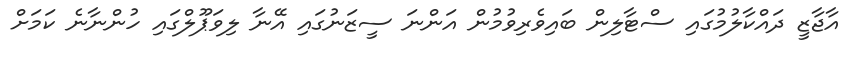
އާޖާޒީ ދައްކާލުމުގައި ސްޓާލިން ބައިވެރިވުމުން އަންނަ ސީޒަނުގައި އޭނާ ލިވަޕޫލްގައި ހުންނާނެ ކަމަށް